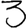
Digit: 3